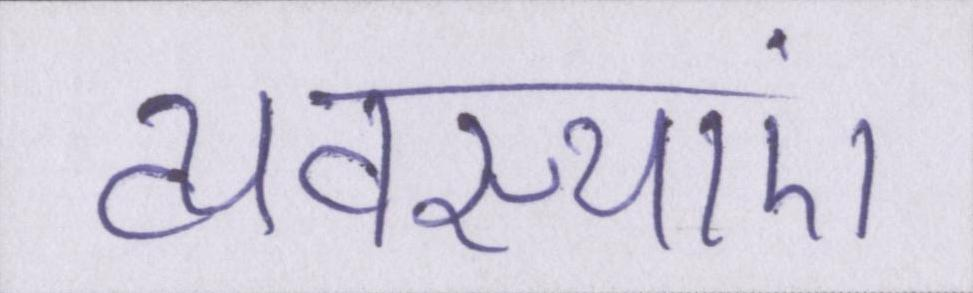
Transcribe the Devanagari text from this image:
व्यवस्थाएं